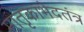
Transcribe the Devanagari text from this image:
मातृकाभेदतंत्र